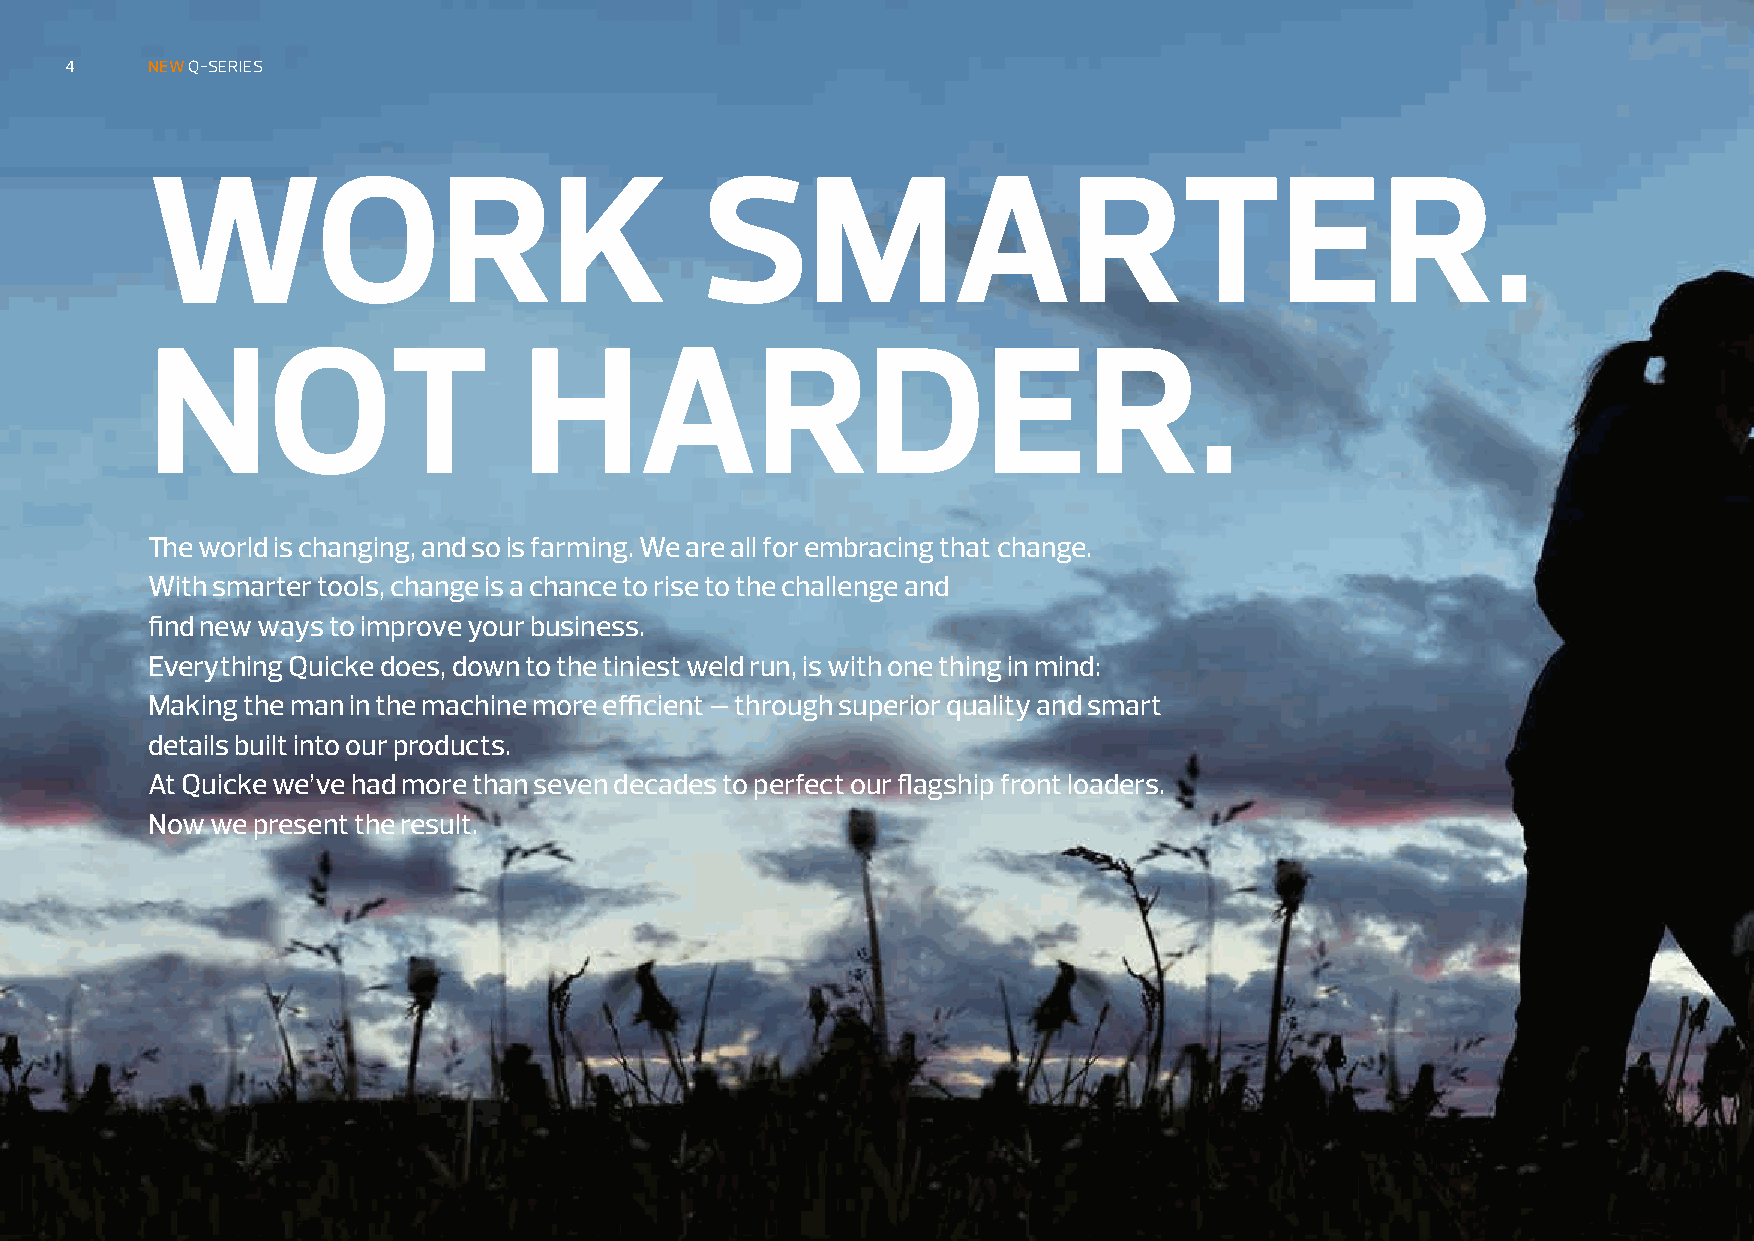
4     NEW Q-SERIES
 WORK                                SMARTER.
 NOT                      HARDER.
 The world is changing, and so is farming. We are all for embracing that change.
 With smarter tools, change is a chance to rise to the challenge and
 find new ways to improve your business.
 Everything Quicke does, down to the tiniest weld run, is with one thing in mind:
 Making the man in the machine more efficient – through superior quality and smart
 details built into our products.
 At Quicke we’ve had more than seven decades to perfect our flagship front loaders.
 Now we present the result.